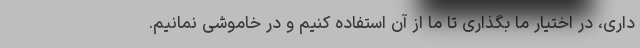
داری، در اختیار ما بگذاری تا ما از آن استفاده کنیم و در خاموشی نمانیم.